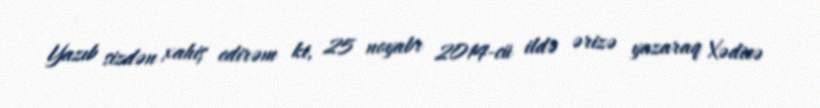
Yazıb sizdən xahiş edirəm ki, 25 noyabr 2014-cü ildə ərizə yazaraq Xədicə